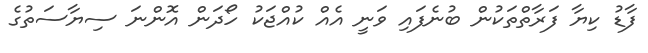
ފާޑު ކިޔާ ފަރާތްތަކުން ބުނެފައި ވަނީ އެއް ކުއްޖަކު ހޯދަން އޮންނަ ސިޔާސަތުގެ